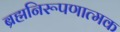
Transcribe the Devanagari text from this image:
ब्रह्मनिरूपणात्मक